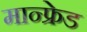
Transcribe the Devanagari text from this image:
मान्फ्रेड